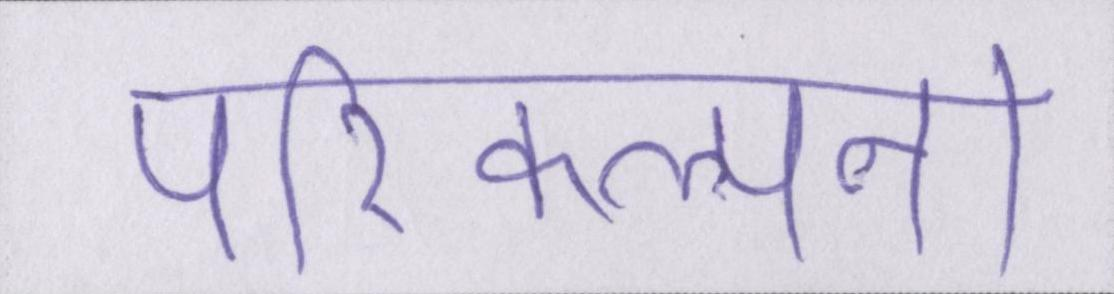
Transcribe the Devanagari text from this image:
परिकल्पना